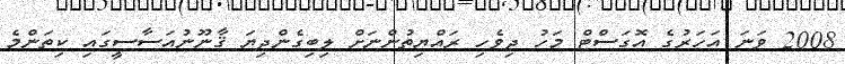
2008 ވަނަ އަހަރުގެ އޮގަސްޓް މަހު ދިވެހި ރައްޔިތުންނަށް ލިބިގެންދިޔަ ޤާނޫނުއަސާސީގައި ކިތަންމެ